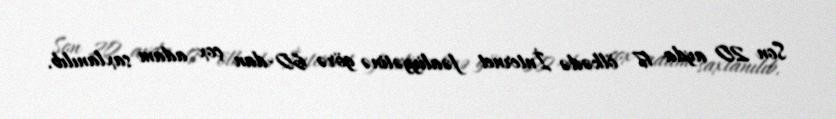
Son 20 ayda 17 ölkədə İnternet fəaliyyətinə görə 60-dan çox adam saxlanılıb.